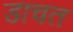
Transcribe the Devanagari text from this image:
डाचत